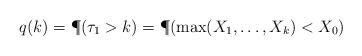
LaTeX: \begin{align*}q(k)=\P(\tau_1>k)=\P(\max(X_1,\dots,X_k)<X_0)\end{align*}